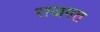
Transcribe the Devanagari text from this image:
राजपत